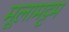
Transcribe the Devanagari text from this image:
मूलामट्टम